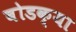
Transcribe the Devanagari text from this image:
बोडक्या